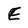
Character: E